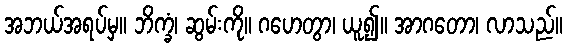
အဘယ်အရပ်မှ။ ဘိက္ခံ၊ ဆွမ်းကို။ ဂဟေတွာ၊ ယူ၍။ အာဂတော၊ လာသည်။